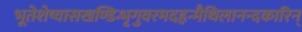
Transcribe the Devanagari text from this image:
भूतेशेष्वासखण्डिन्भृगुवरमदहृन्मैथिलानन्दकारिन्